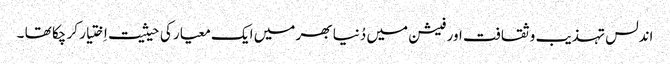
اندلس تہذیب و ثقافت اور فیشن میں دُنیا بھر میں ایک معیار کی حیثیت اِختیار کر چکا تھا ۔